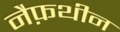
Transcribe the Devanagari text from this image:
नैफ़थीन